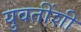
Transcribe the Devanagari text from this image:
युवतींशी